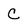
Character: C